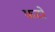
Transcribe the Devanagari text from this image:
फटों